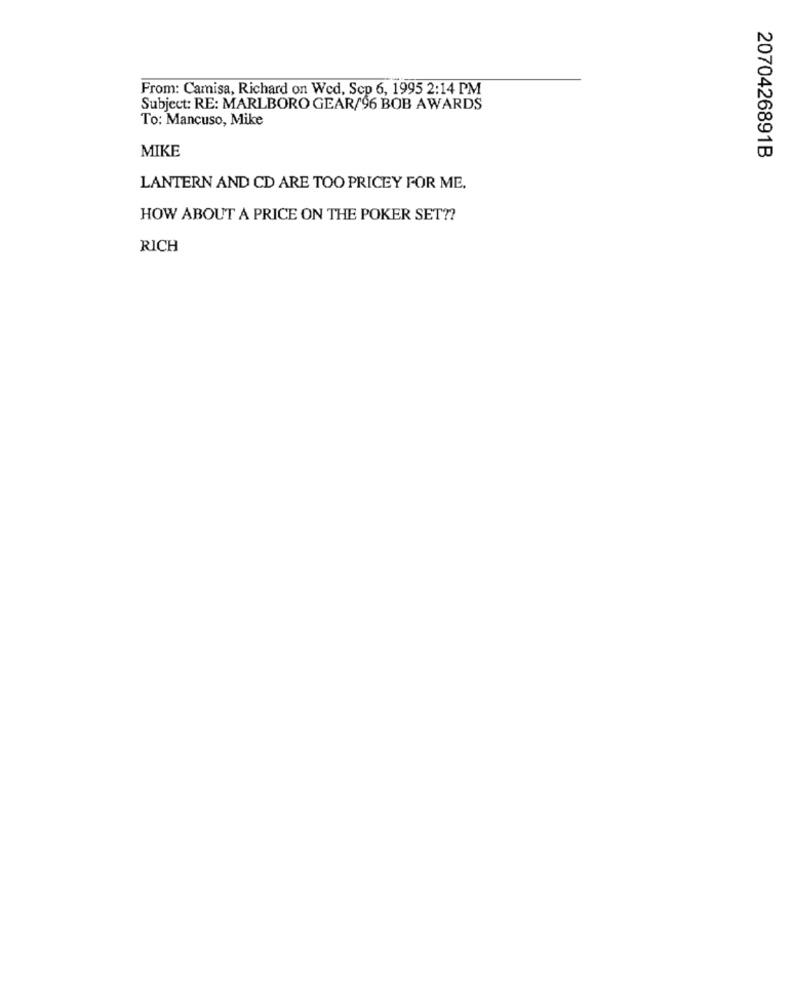
From: Camisa, Richard on Wed, Scp 6, 1995 2:14 PM
Subject: RE: MARLBORO GEAR/96 BOB AWARDS
To: Mancuso, Mike
MIKE
2070426891B
LANTERN AND CD ARE TOO PRICEY FOR ME,
HOW ABOUT A PRICE ON THE POKER SET ??
RICH